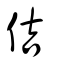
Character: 佶